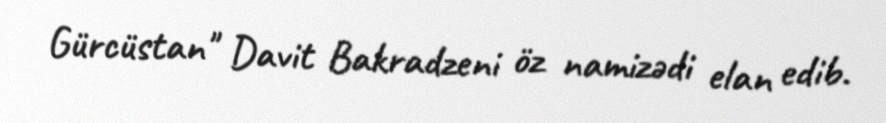
Gürcüstan" Davit Bakradzeni öz namizədi elan edib.